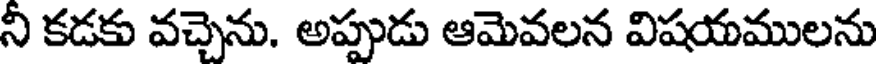
నీ కడకు వచ్చెను. అప్పుడు ఆమెవలన విషయములను